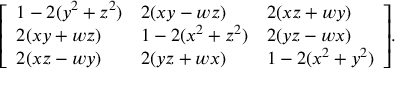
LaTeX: { \left[ \begin{array} { l l l } { 1 - 2 ( y ^ { 2 } + z ^ { 2 } ) } & { 2 ( x y - w z ) } & { 2 ( x z + w y ) } \\ { 2 ( x y + w z ) } & { 1 - 2 ( x ^ { 2 } + z ^ { 2 } ) } & { 2 ( y z - w x ) } \\ { 2 ( x z - w y ) } & { 2 ( y z + w x ) } & { 1 - 2 ( x ^ { 2 } + y ^ { 2 } ) } \end{array} \right] } .